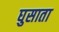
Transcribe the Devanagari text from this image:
घुसाता